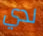
لدي